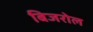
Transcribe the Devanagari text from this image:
बिजरोल